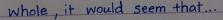
whole , it would seem that ...